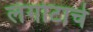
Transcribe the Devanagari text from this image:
लंगोटाचे